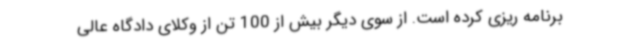
برنامه ریزی کرده است. از سوی دیگر بیش از 100 تن از وکلای دادگاه عالی